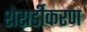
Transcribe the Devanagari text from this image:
शेरार्डीकरण